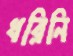
ধরিনি